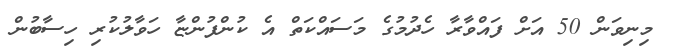
މިނިވަން 50 އަށް ފައްވާރާ ހެދުމުގެ މަސައްކަތް އެ ކުންފުންޏާ ހަވާލުކުރި ހިސާބުން